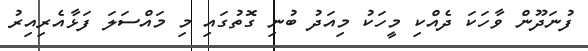
ފުނަދޫން ވާހަކަ ދެއްކި މީހަކު މިއަދު ބުނި ގޮތުގައި މި މައްސަލަ ފަޅާއެރިއިރު